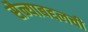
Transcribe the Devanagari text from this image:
सैन्याबद्दलची